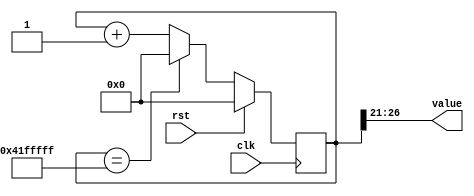
/*
   This file was generated automatically by Alchitry Labs version 1.2.7.
   Do not edit this file directly. Instead edit the original Lucid source.
   This is a temporary file and any changes made to it will be destroyed.
*/

/*
   Parameters:
     SIZE = 6
     DIV = 21
     TOP = 32
     UP = 1
*/
module counter_20 (
    input clk,
    input rst,
    output reg [5:0] value
  );
  
  localparam SIZE = 3'h6;
  localparam DIV = 5'h15;
  localparam TOP = 6'h20;
  localparam UP = 1'h1;
  
  
  reg [26:0] M_ctr_d, M_ctr_q = 1'h0;
  
  localparam MAX_VALUE = 27'h41fffff;
  
  always @* begin
    M_ctr_d = M_ctr_q;
    
    value = M_ctr_q[21+5-:6];
    if (1'h1) begin
      M_ctr_d = M_ctr_q + 1'h1;
      if (1'h1 && M_ctr_q == 27'h41fffff) begin
        M_ctr_d = 1'h0;
      end
    end else begin
      M_ctr_d = M_ctr_q - 1'h1;
      if (1'h1 && M_ctr_q == 1'h0) begin
        M_ctr_d = 27'h41fffff;
      end
    end
  end
  
  always @(posedge clk) begin
    if (rst == 1'b1) begin
      M_ctr_q <= 1'h0;
    end else begin
      M_ctr_q <= M_ctr_d;
    end
  end
  
endmodule